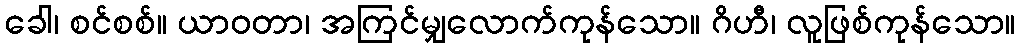
ခေါ၊ စင်စစ်။ ယာဝတာ၊ အကြင်မျှလောက်ကုန်သော။ ဂိဟီ၊ လူဖြစ်ကုန်သော။